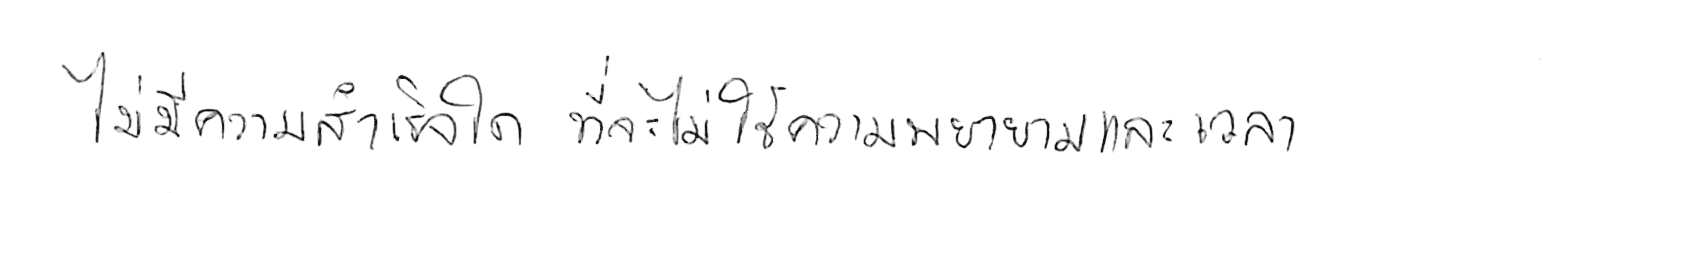
ไม่มีความสำเร็จใด ที่จะไม่ใช้ความพยายามและเวลา